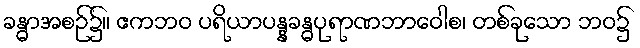
ခန္ဓာအစဉ်၌။ ဧကဘဝ ပရိယာပန္နခန္ဓပုရာဏဘာဝေါစ၊ တစ်ခုသော ဘဝ၌